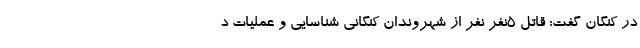
در کنگان گفت: قاتل ۵نفر نفر از شهروندان کنگانی شناسایی و عملیات د